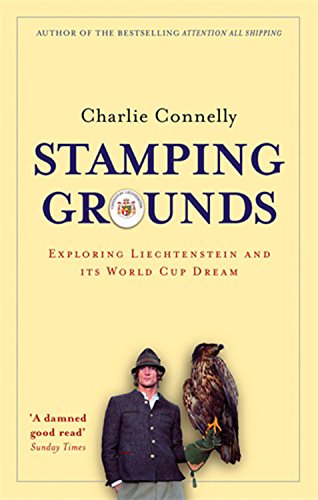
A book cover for Stamping Grounds: Exploring Liechtenstein and Its World Cup Dream; Charlie Connelly; Travel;